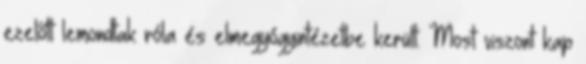
ezelőtt lemondtak róla és elmegyógyintézetbe került. Most viszont kap